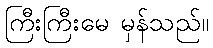
ကြီးကြီးမေ မှန်သည်။